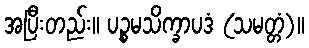
အပြီးတည်း။ ပဉ္စမသိက္ခာပဒံ (သမတ္တံ)။